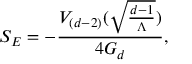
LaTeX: S _ { E } = - \frac { V _ { ( d - 2 ) } ( \sqrt { \frac { d - 1 } { \Lambda } } ) } { 4 G _ { d } } ,